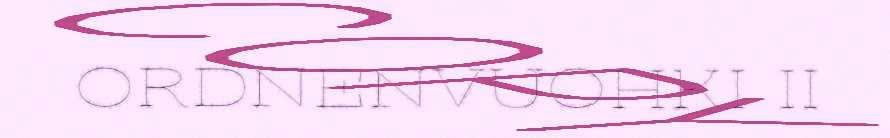
ORDNENVUOHKI II